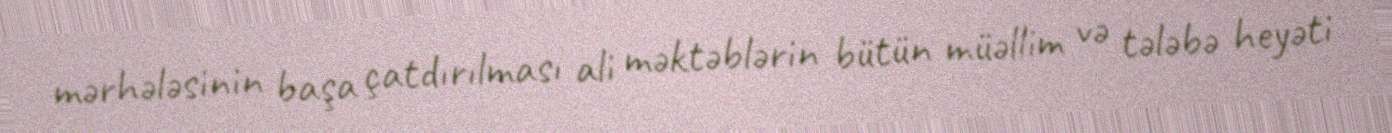
mərhələsinin başa çatdırılması ali məktəblərin bütün müəllim və tələbə heyəti